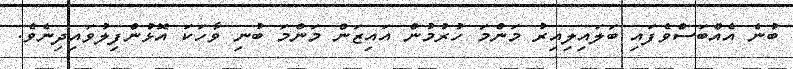
ބުނެ އެއްބަސްވެފައި ބަލައިލިއިރު މަންމަ ހުރުމުން އައިޒަން މަންމަ ބުނި ވާހަކަ އޮޅުންފިލުވައިދިނެވެ.